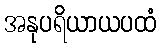
အနုပရိယာယပထံ